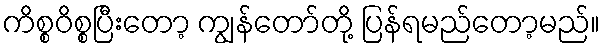
ကိစ္စဝိစ္စပြီးတော့ ကျွန်တော်တို့ ပြန်ရမည်တော့မည်။